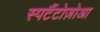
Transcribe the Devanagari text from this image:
स्पर्टैटोज़ोआ